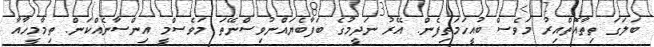
ބަލަގަ ތިތާއޮތްއިރު މަވެސް ބުއީހަމަތިފެން. އޭރު ނަދީމުގެ ބަފާބެޔައްނުވިސްނޭތަ މަވެސްމީ އިންސާނެއްކަން. ތިމާމީހާއާ